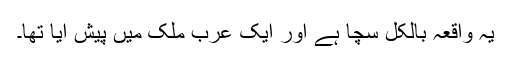
یہ واقعہ بالکل سچا ہے اور ایک عرب ملک میں پیش آیا تھا۔